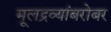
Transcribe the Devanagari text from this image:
मूलद्रव्यांबरोबर